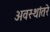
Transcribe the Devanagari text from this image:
अवस्थांतरे